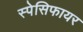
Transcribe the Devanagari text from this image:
स्पेसिफायर